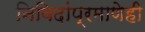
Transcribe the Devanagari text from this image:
निविदांप्रमाणेही